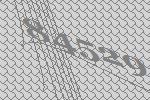
84529